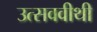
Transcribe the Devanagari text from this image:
उत्सववीथी